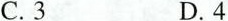
C.3 D.4